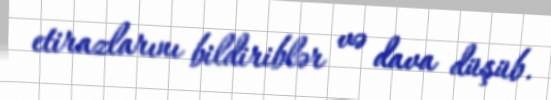
etirazlarını bildiriblər və dava düşüb.